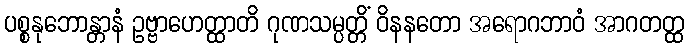
ပစ္စနုဘောန္တာနံ ဥဗ္ဗာဟေတ္ထာတိ ဂုဏသမ္ပတ္တိံ ဝိနနတော အရောဂဘာဝံ အာဂတတ္ထ